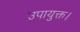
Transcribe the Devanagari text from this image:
उपायुक्त।